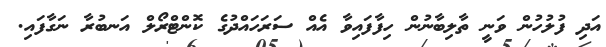
އަދި ފުލުހުން ވަނީ ތާލިބާނުން ހިފާފައިވާ އެއް ސަރަހައްދުގެ ކޮންޓްރޯލް އަނބުރާ ނަގާފައި.